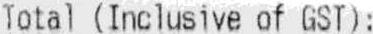
TOTAL (INCLUSIVE OF GST):